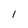
Character: 1